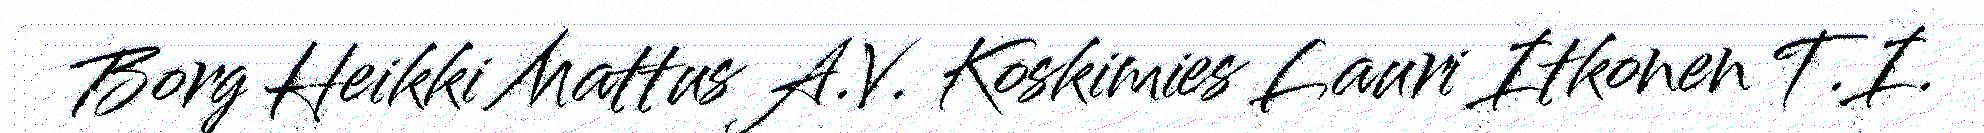
Borg Heikki Mattus A.V. Koskimies Lauri Itkonen T.I.